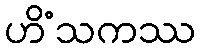
ဟိံသကဿ